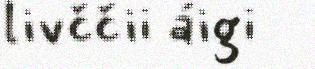
livččii áigi